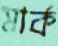
মার্ক